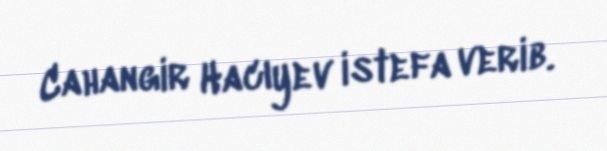
Cahangir Hacıyev istefa verib.